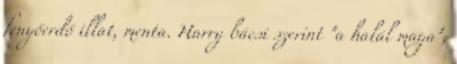
fenyőerdő illat, menta. Harry bácsi szerint "a halál maga",